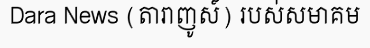
Dara News (តារាញូស៍) របស់សមាគម